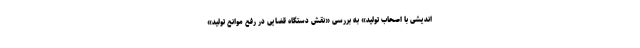
اندیشی با اصحاب تولید» به بررسی «نقش دستگاه قضایی در رفع موانع تولید»